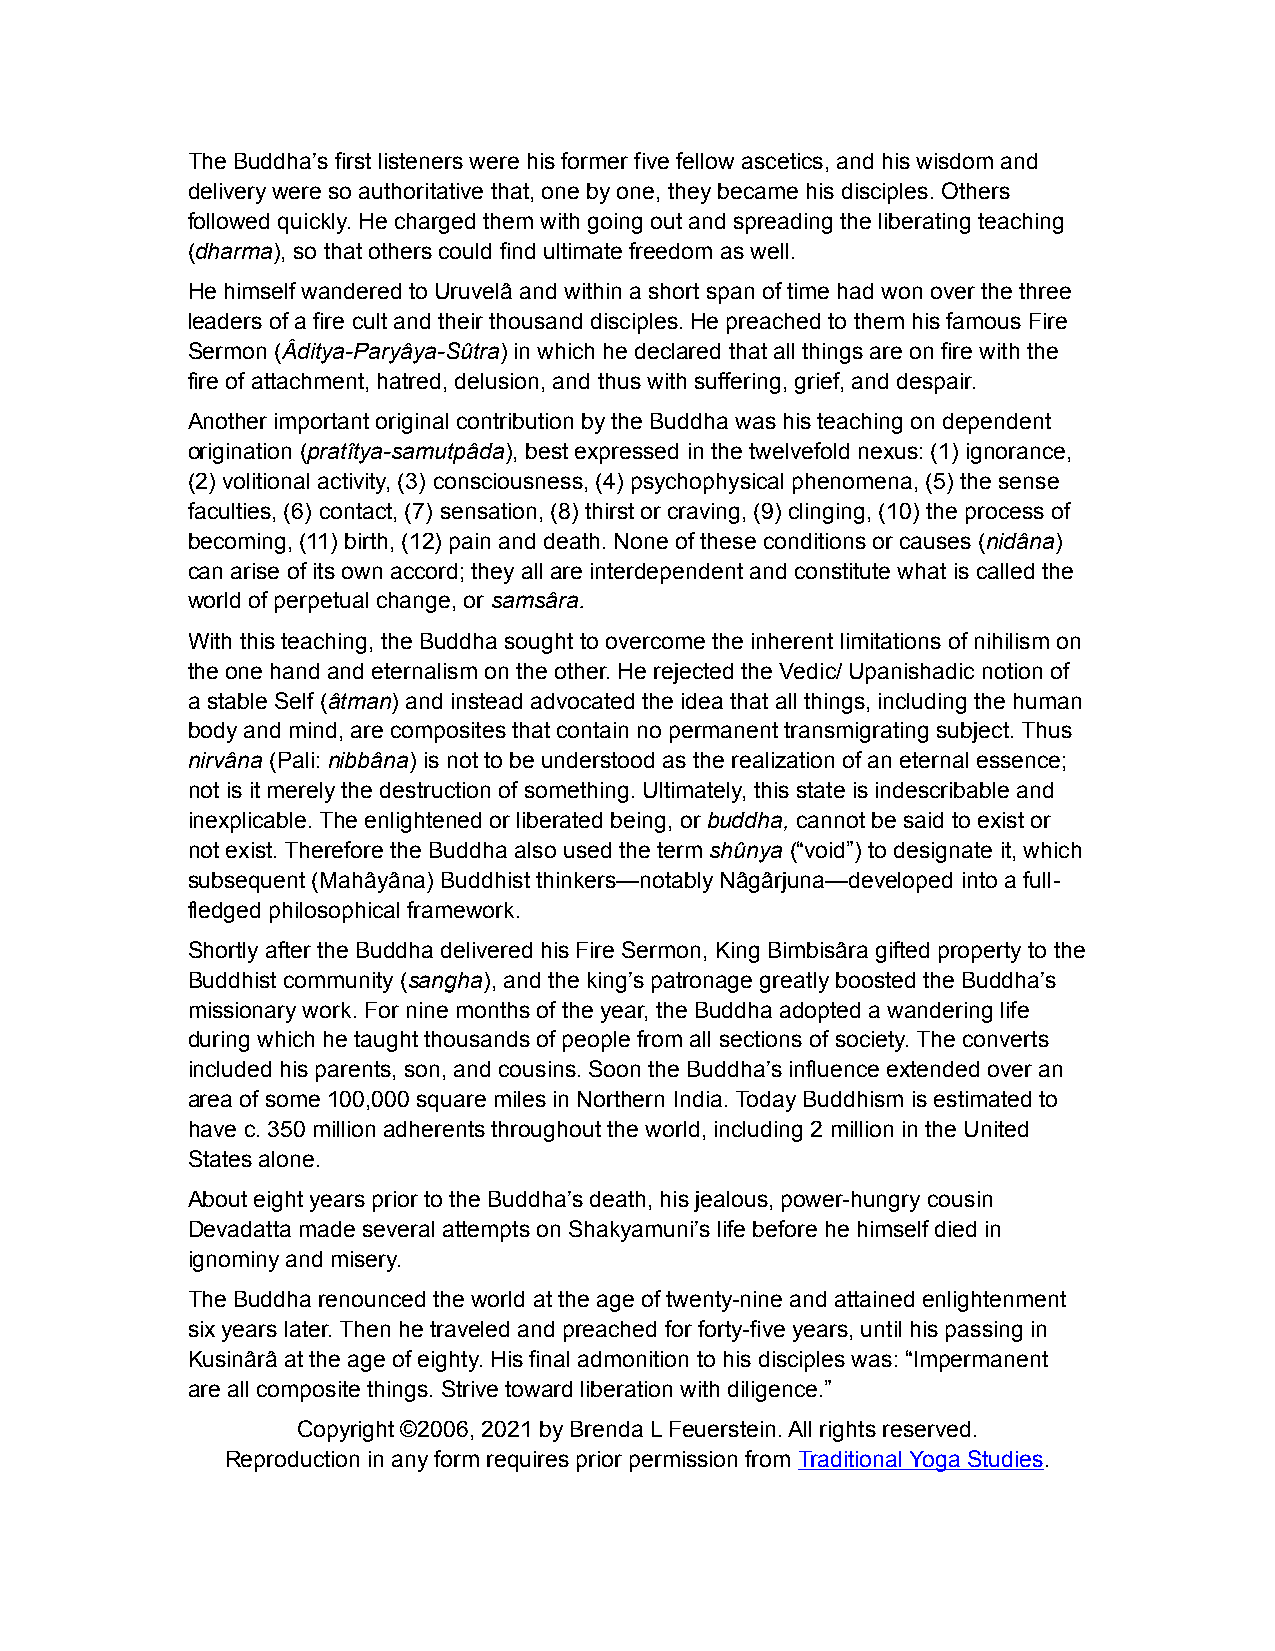
The Buddha’s first listeners were his former five fellow ascetics, and his wisdom and
 delivery were so authoritative that, one by one, they became his disciples. Others
 followed quickly. He charged them with going out and spreading the liberating teaching
 (dharma), so that others could find ultimate freedom as well.
 He himself wandered to Uruvelâ and within a short span of time had won over the three
 leaders of a fire cult and their thousand disciples. He preached to them his famous Fire
 Sermon (Âditya-Paryâya-Sûtra) in which he declared that all things are on fire with the
 fire of attachment, hatred, delusion, and thus with suffering, grief, and despair.
 Another important original contribution by the Buddha was his teaching on dependent
 origination (pratîtya-samutpâda), best expressed in the twelvefold nexus: (1) ignorance,
 (2) volitional activity, (3) consciousness, (4) psychophysical phenomena, (5) the sense
 faculties, (6) contact, (7) sensation, (8) thirst or craving, (9) clinging, (10) the process of
 becoming, (11) birth, (12) pain and death. None of these conditions or causes (nidâna)
 can arise of its own accord; they all are interdependent and constitute what is called the
 world of perpetual change, or samsâra.
 With this teaching, the Buddha sought to overcome the inherent limitations of nihilism on
 the one hand and eternalism on the other. He rejected the Vedic/ Upanishadic notion of
 a stable Self (âtman) and instead advocated the idea that all things, including the human
 body and mind, are composites that contain no permanent transmigrating subject. Thus
 nirvâna (Pali: nibbâna) is not to be understood as the realization of an eternal essence;
 not is it merely the destruction of something. Ultimately, this state is indescribable and
 inexplicable. The enlightened or liberated being, or buddha, cannot be said to exist or
 not exist. Therefore the Buddha also used the term shûnya (“void”) to designate it, which
 subsequent (Mahâyâna) Buddhist thinkers—notably Nâgârjuna—developed into a full-
 fledged philosophical framework.
 Shortly after the Buddha delivered his Fire Sermon, King Bimbisâra gifted property to the
 Buddhist community (sangha), and the king’s patronage greatly boosted the Buddha’s
 missionary work. For nine months of the year, the Buddha adopted a wandering life
 during which he taught thousands of people from all sections of society. The converts
 included his parents, son, and cousins. Soon the Buddha’s influence extended over an
 area of some 100,000 square miles in Northern India. Today Buddhism is estimated to
 have c. 350 million adherents throughout the world, including 2 million in the United
 States alone.
 About eight years prior to the Buddha’s death, his jealous, power-hungry cousin
 Devadatta made several attempts on Shakyamuni’s life before he himself died in
 ignominy and misery.
 The Buddha renounced the world at the age of twenty-nine and attained enlightenment
 six years later. Then he traveled and preached for forty-five years, until his passing in
 Kusinârâ at the age of eighty. His final admonition to his disciples was: “Impermanent
 are all composite things. Strive toward liberation with diligence.”
 Copyright ©2006, 2021 by Brenda L Feuerstein. All rights reserved.
 Reproduction in any form requires prior permission from Traditional Yoga Studies.